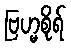
ဗြဟ္မစိုရ်